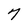
Character: 7